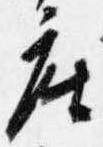
座